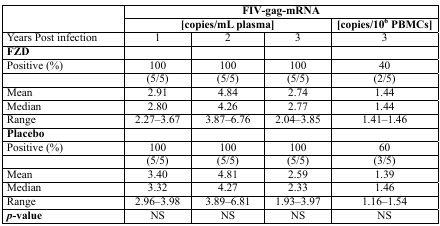
<table><thead><tr><td rowspan="2">[EMPTY_CELL]</td><td colspan="4"><b>FIV-gag-mRNA</b></td></tr><tr><td colspan="3"><b>[copies/mL plasma]</b></td><td><b>[copies/10<sup>6</sup> PBMCs]</b></td></tr></thead><tbody><tr><td>Years Post infection</td><td>1</td><td>2</td><td>3</td><td>3</td></tr><tr><td><b>FZD</b></td><td>[EMPTY_CELL]</td><td>[EMPTY_CELL]</td><td>[EMPTY_CELL]</td><td>[EMPTY_CELL]</td></tr><tr><td>Positive (%)</td><td>100</td><td>100</td><td>100</td><td>40</td></tr><tr><td>[EMPTY_CELL]</td><td>(5/5)</td><td>(5/5)</td><td>(5/5)</td><td>(2/5)</td></tr><tr><td>Mean</td><td>2.91</td><td>4.84</td><td>2.74</td><td>1.44</td></tr><tr><td>Median</td><td>2.80</td><td>4.26</td><td>2.77</td><td>1.44</td></tr><tr><td>Range</td><td>2.27–3.67</td><td>3.87–6.76</td><td>2.04–3.85</td><td>1.41–1.46</td></tr><tr><td><b>Placebo</b></td><td>[EMPTY_CELL]</td><td>[EMPTY_CELL]</td><td>[EMPTY_CELL]</td><td>[EMPTY_CELL]</td></tr><tr><td>Positive (%)</td><td>100</td><td>100</td><td>100</td><td>60</td></tr><tr><td>[EMPTY_CELL]</td><td>(5/5)</td><td>(5/5)</td><td>(5/5)</td><td>(3/5)</td></tr><tr><td>Mean</td><td>3.40</td><td>4.81</td><td>2.59</td><td>1.39</td></tr><tr><td>Median</td><td>3.32</td><td>4.27</td><td>2.33</td><td>1.46</td></tr><tr><td>Range</td><td>2.96–3.98</td><td>3.89–6.81</td><td>1.93–3.97</td><td>1.16–1.54</td></tr><tr><td><b><i>p-</i>value</b></td><td>NS</td><td>NS</td><td>NS</td><td>NS</td></tr></tbody></table>